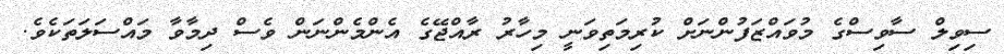
ސިވިލް ސާވިސްގެ މުވައްޒަފުންނަށް ކުރިމަތިވަނީ މިހާރު ރާއްޖޭގެ އެންމެންނަން ވެސް ދިމާވާ މައްސަލަތަކެވެ.